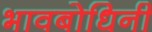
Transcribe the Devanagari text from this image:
भावबोधिनी